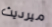
ميرديث